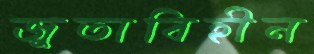
জুতাবিহীন